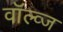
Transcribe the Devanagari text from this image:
वॉल्व्ज